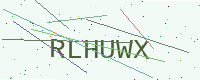
Text: RLHUWX